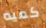
كميه